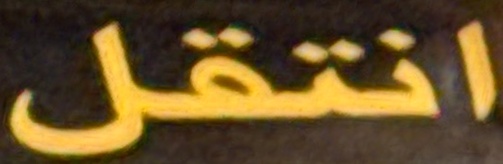
انتقل